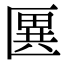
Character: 㔴